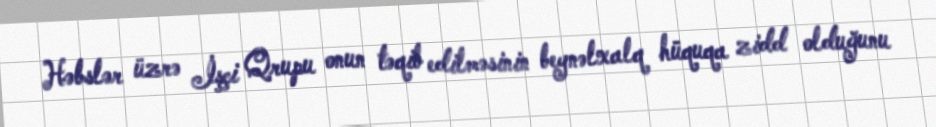
Həbslər üzrə İşçi Qrupu onun təqib edilməsinin beynəlxalq hüquqa zidd olduğunu